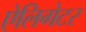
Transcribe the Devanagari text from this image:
ऐलिगेटर